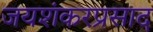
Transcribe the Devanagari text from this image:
जयशंकरप्रसाद